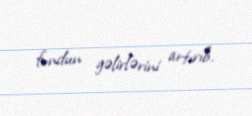
fondun gəlirlərini artırıb.